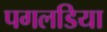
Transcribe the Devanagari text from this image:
पगलडिया